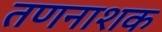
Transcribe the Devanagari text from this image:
तणनाशक